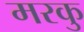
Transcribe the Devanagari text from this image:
मरकु